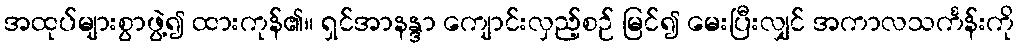
အထုပ်များစွာဖွဲ့၍ ထားကုန်၏။ ရှင်အာနန္ဒာ ကျောင်းလှည့်စဉ် မြင်၍ မေးပြီးလျှင် အကာလသင်္ကန်းကို